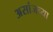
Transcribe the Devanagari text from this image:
असांजच्या